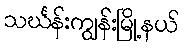
သင်္ဃန်းကျွန်းမြို့နယ်